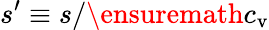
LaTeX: s^{\prime}\equiv s/\ensuremath{c_{\mathrm{v}}}